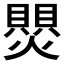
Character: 𬋑